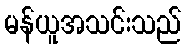
မန်ယူအသင်းသည်